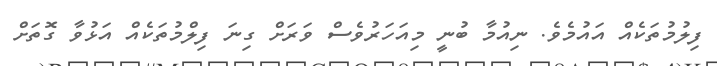
ފިލުމުތަކެއް އައުމެވެ. ނިއުމާ ބުނީ މިއަހަރުވެސް ވަރަށް ގިނަ ފިލްމުތަކެއް އަޅުވާ ގޮތަށް